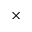
\times